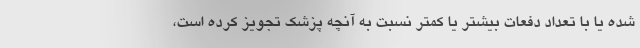
شده یا با تعداد دفعات بیشتر یا کمتر نسبت به آنچه پزشک تجویز کرده است،